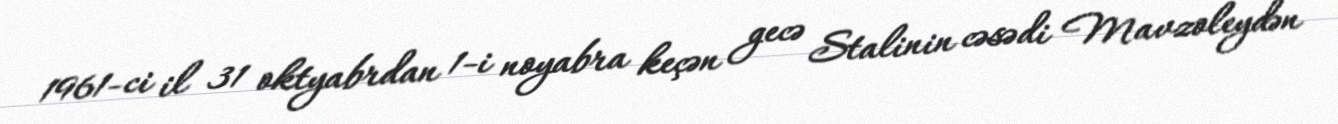
1961-ci il 31 oktyabrdan 1-i noyabra keçən gecə Stalinin cəsədi Mavzoleydən